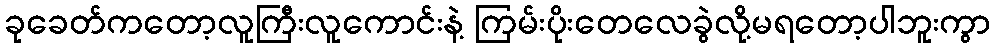
ခုခေတ်ကတော့လူကြီးလူကောင်းနဲ့ ကြမ်းပိုးတေလေခွဲလို့မရတော့ပါဘူးကွာ